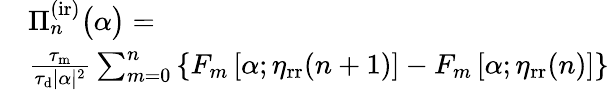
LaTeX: \begin{array}{rl}&{\Pi_{n}^{\mathrm{(ir)}}\big(\alpha\big)=}\\ &{\frac{\tau_{\mathrm{m}}}{\tau_{\mathrm{d}}|\alpha|^{2}}\sum_{m=0}^{n}\left\{ F_{m}\left[\alpha;\eta_{\mathrm{rr}}(n+1)\right]-F_{m}\left[\alpha;\eta_{\mathrm{rr}}(n)\right]\right\} }\end{array}